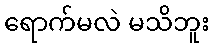
ရောက်မလဲ မသိဘူး